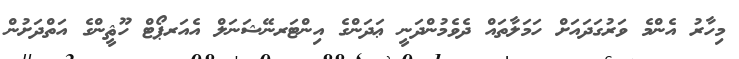
މިހާރު އެންމެ ވަރުގަދައަށް ހަމަލާތައް ދެވެމުންދަނީ ޢަދަންގެ އިންޓަރނޭޝަނަލް އެއަރޕޯޓް ހޫޘީންގެ އަތްދަށުން